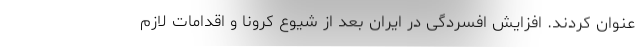
عنوان کردند. افزایش افسردگی در ایران بعد از شیوع کرونا و اقدامات لازم